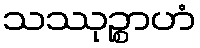
သဿုဉ္စာဟံ